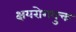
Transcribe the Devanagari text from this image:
क्षयरोगयुक्त